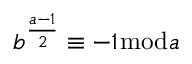
b ^ { \frac { a - 1 } { 2 } } \equiv - 1 { \bmod { a } }